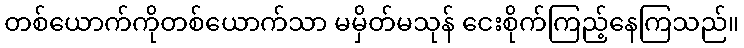
တစ်ယောက်ကိုတစ်ယောက်သာ မမှိတ်မသုန် ငေးစိုက်ကြည့်နေကြသည်။